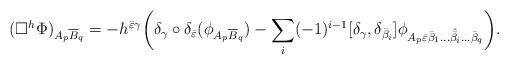
LaTeX: \begin{align*} (\Box^h\Phi)_{A_p\overline{B}_q} = -h^{\bar{\varepsilon}\gamma}\bigg(\delta_\gamma\circ\delta_{\bar{\varepsilon}}(\phi_{A_p\overline{B}_q}) - \sum_i(-1)^{i-1}[\delta_\gamma,\delta_{\bar{\beta}_i}]\phi_{A_p\bar{\varepsilon}\bar{\beta}_1\dots\hat{\bar{\beta}}_i\dots\bar{\beta}_q} \bigg).\end{align*}